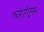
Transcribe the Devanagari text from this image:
करागूनिस